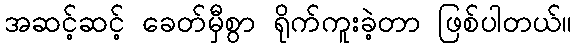
အဆင့်ဆင့် ခေတ်မှီစွာ ရိုက်ကူးခဲ့တာ ဖြစ်ပါတယ်။